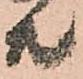
共